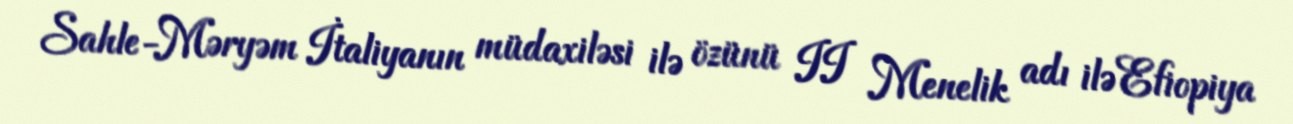
Sahle-Məryəm İtaliyanın müdaxiləsi ilə özünü II Menelik adı ilə Efiopiya